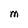
Character: M